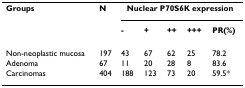
| Groups | N | <COLSPAN=5> Nuclear P70S6K expression |
 |  |  | - | + | ++ | +++ | PR(%) |
 | --- | --- | --- | --- | --- | --- | --- |
 | Non-neoplastic mucosa | 197 | 43 | 67 | 62 | 25 | 78.2 |
 | Adenoma | 67 | 11 | 20 | 28 | 8 | 83.6 |
 | Carcinomas | 404 | 188 | 123 | 73 | 20 | 59.5* |